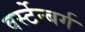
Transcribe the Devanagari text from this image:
वर्स्टेन्बर्ग